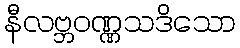
နီလဗ္ဘဝဏ္ဏသဒိသော